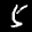
Label: 5